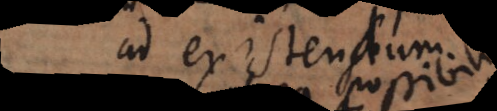
ad existendum